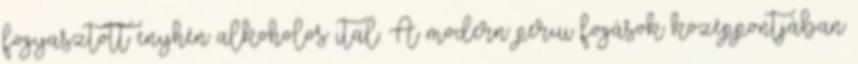
fogyasztott enyhén alkoholos ital. A modern perui fogások középpontjában